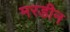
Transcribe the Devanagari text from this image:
मरडीन